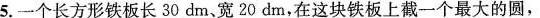
5.一个长方形铁板长30dm、宽20dm，在这块铁板上截一个最大的圆，